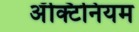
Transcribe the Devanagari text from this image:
अॅक्टिनियम